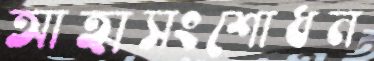
আত্মসংশোধন